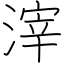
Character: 滓